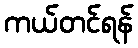
ကယ်တင်ရန်